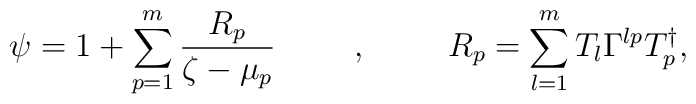
\psi=1+\sum_{p=1}^m\frac{R_p}{\zeta-\mu_p}\hspace{1cm},\hspace{1cm}R_p=\sum_{l=1}^mT_l\Gamma^{lp}T^{\dag}_p,